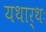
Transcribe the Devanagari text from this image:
यथार्थः